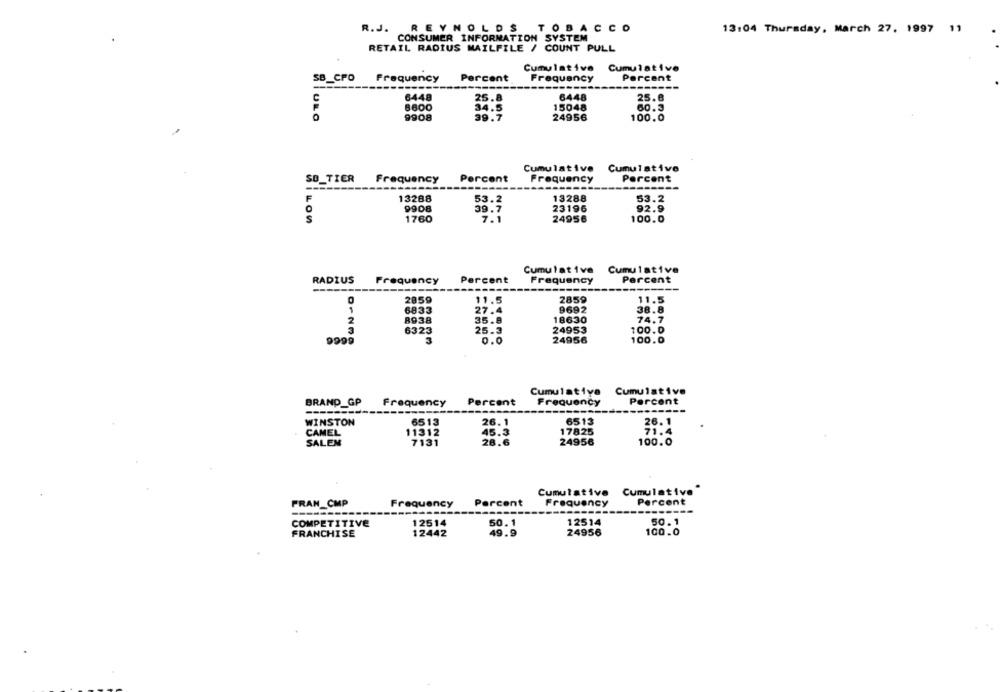
REYNOLDS TOBACCO
R.J.
13:04 Thursday, March 27, 1997 11
CONSUMER INFORMATION SYSTEM
RETAIL RADIUS MAILFILE / COUNT PULL
Cumulative
Cumulative
SB_CFO
Frequency
Percent
Frequency
Percent
C
6448
25.8
6448
25.8
8600
34.5
15048
60.3
O
9908
39.7
24956
100.0
Cumulative Cumulative
SO TICR
Frequency
Percent
Frequency
Percent
-
---
-------
F
13288
53.2
13288
53.2
9908
23196
92.9
39.7
5
1760
7.1
24956
100.0
Cumulative
Cumulative
RADIUS
Frequency
Percent
Frequency
Percent
2859
11.5
2859
11.5
6833
27.4
9692
38.8
18630
74.7
2
8938
35.8
6323
25.3
24953
100.0
9999
3
0.0
24956
100.0
Cumulativa Cumulative
BRAND _GP
Frequency
Percent
Frequency
Percent
WINSTON
6513
26.1
6513
26.1
CAMEL
11312
45.3
17825
71.4
SALEM
7131
28.6
24956
100.0
Cumulative Cumulative
FRAN CMP
Frequency
Percent
Frequency
Percent
COMPETITIVE
12514
50.1
12514
50.1
12442
49.9
24956
100.0
FRANCHISE